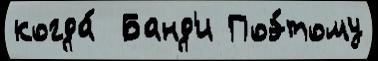
когда́  Банд'и Поэ́тому